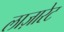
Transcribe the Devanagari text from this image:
लाज़ारेट